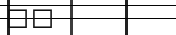
٤٨